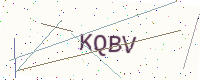
Text: KQBV